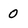
Character: 0